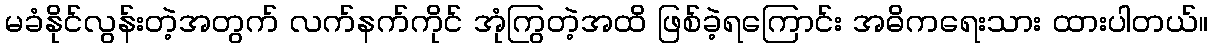
မခံနိုင်လွန်းတဲ့အတွက် လက်နက်ကိုင် အုံကြွတဲ့အထိ ဖြစ်ခဲ့ရကြောင်း အဓိကရေးသား ထားပါတယ်။